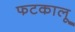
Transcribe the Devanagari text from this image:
फटकालू